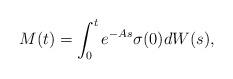
LaTeX: \begin{align*}M(t)=\int_0^te^{-As}\sigma(0)dW(s),\end{align*}